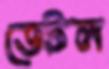
ডেটল